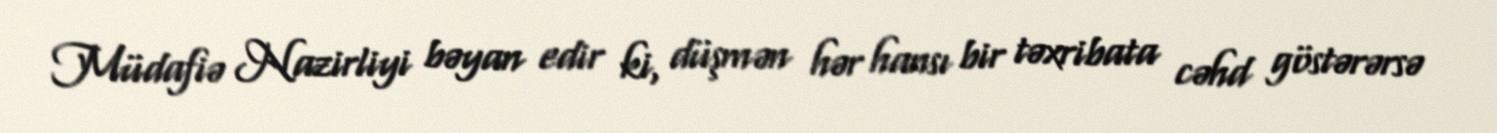
Müdafiə Nazirliyi bəyan edir ki, düşmən hər hansı bir təxribata cəhd göstərərsə